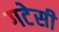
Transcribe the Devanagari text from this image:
गटेसी